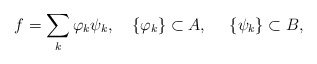
\begin{align*}f=\sum_{k}\varphi_{k}\psi_{k},\quad\{\varphi_{k}\}\subset A,\quad~\{\psi_{k}\}\subset B,\end{align*}